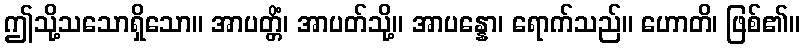
ဤသို့သသောရှိသော။ အာပတ္တိံ၊ အာပတ်သို့။ အာပန္နော၊ ရောက်သည်။ ဟောတိ၊ ဖြစ်၏။